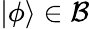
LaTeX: \vert\phi\rangle\in{\mathcal{B}}